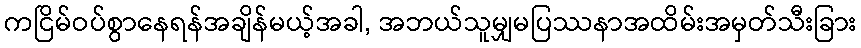
ကငြိမ်ဝပ်စွာနေရန်အချိန်မယ့်အခါ, အဘယ်သူမျှမပြဿနာအထိမ်းအမှတ်သီးခြား